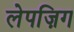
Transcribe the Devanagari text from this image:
लेपज़िग